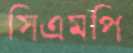
সিএমপি